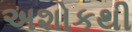
અશોકથી